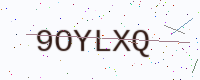
Text: 9OYLXQ